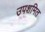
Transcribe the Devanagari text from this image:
उपशमित